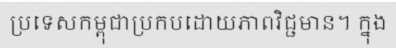
ប្រទេសកម្ពុជាប្រកបដោយភាពវិជ្ជមាន។ ក្នុង